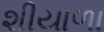
શીયાળા